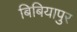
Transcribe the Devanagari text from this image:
बिबियापुर